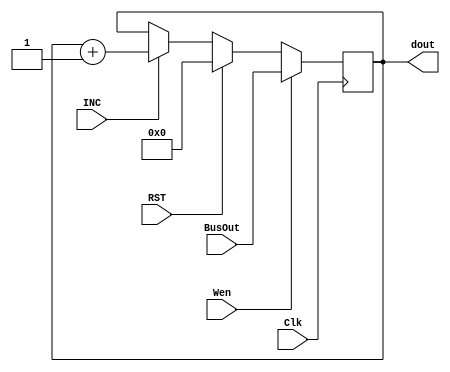
module Module_Reg(Wen, BusOut, Clk, RST, INC, dout);
  input Wen, Clk, RST, INC;
  input[7:0] BusOut;
  output reg [7:0] dout = 8'd0;
  always @(posedge Clk)
    begin
        if      (Wen) dout <= BusOut;
        else if (RST) dout <= 8'd0;
        else if (INC) dout <= dout+8'd1;
        else            dout <= dout;
      
    end
endmodule